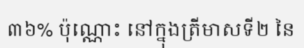
៣៦% ប៉ុណ្ណោះ នៅក្នុងត្រីមាសទី២ នៃ